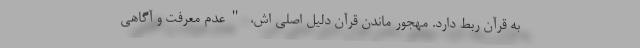
به قرآن ربط دارد. مهجور ماندن قرآن دلیل اصلی اش، "عدم معرفت و آگاهی